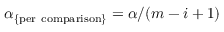
\alpha _ { \mathrm { \{ p e r \ c o m p a r i s o n \} } } = { \alpha } / ( m - i + 1 )